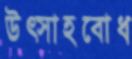
উত্সাহবোধ